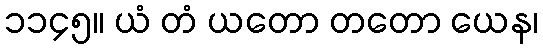
၁၁၄၅။ ယံ တံ ယတော တတော ယေန၊